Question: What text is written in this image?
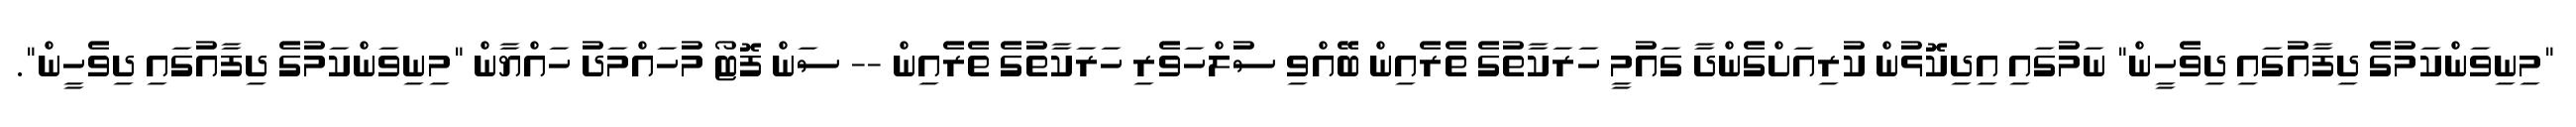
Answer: "މިނިވަންކަމުގެ ދިފާއުގައި ދިވެހީން" ނަމުގައި އިދިކޮޅުން ކުރިއަށްގެންދާ ގައުމީ ހަރަކާތުގެ ތެރެއިން ބޭއްވި ސުލްހަވެރި ހަރަކާތުގެ ތެރެއިން -- ސަން ފޮޓޯ މުހައްމަދު ހައްޔާން "މިނިވަންކަމުގެ ދިފާއުގައި ދިވެހީން".